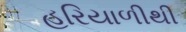
હરિયાળીથી